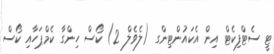
ޓީ ސެޓްފިކެޓް އިން އެކައުންޓިންގ (ލެވެލް 2) ކޯސް ހިންގާ ކެމްޕަހާއި ކޯސް